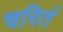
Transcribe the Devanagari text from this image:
चरितं